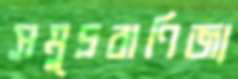
সমুদ্রবাণিজ্য